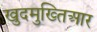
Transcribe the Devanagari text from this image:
खुदमुख्तिआर